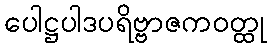
ပေါဋ္ဌပါဒပရိဗ္ဗာဇကဝတ္ထု